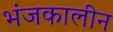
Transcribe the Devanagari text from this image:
भंजकालीन